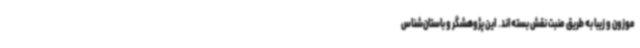
موزون و زیبا به طریق منبت نقش بسته‌اند. این پژوهشگر و باستان‌شناس